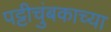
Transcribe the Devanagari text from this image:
पट्टीचुंबकाच्या